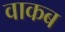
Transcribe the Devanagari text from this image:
वाकब